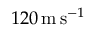
1 2 0 \, \mathrm { m \, s } ^ { - 1 }